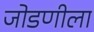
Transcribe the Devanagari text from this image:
जोडणीला